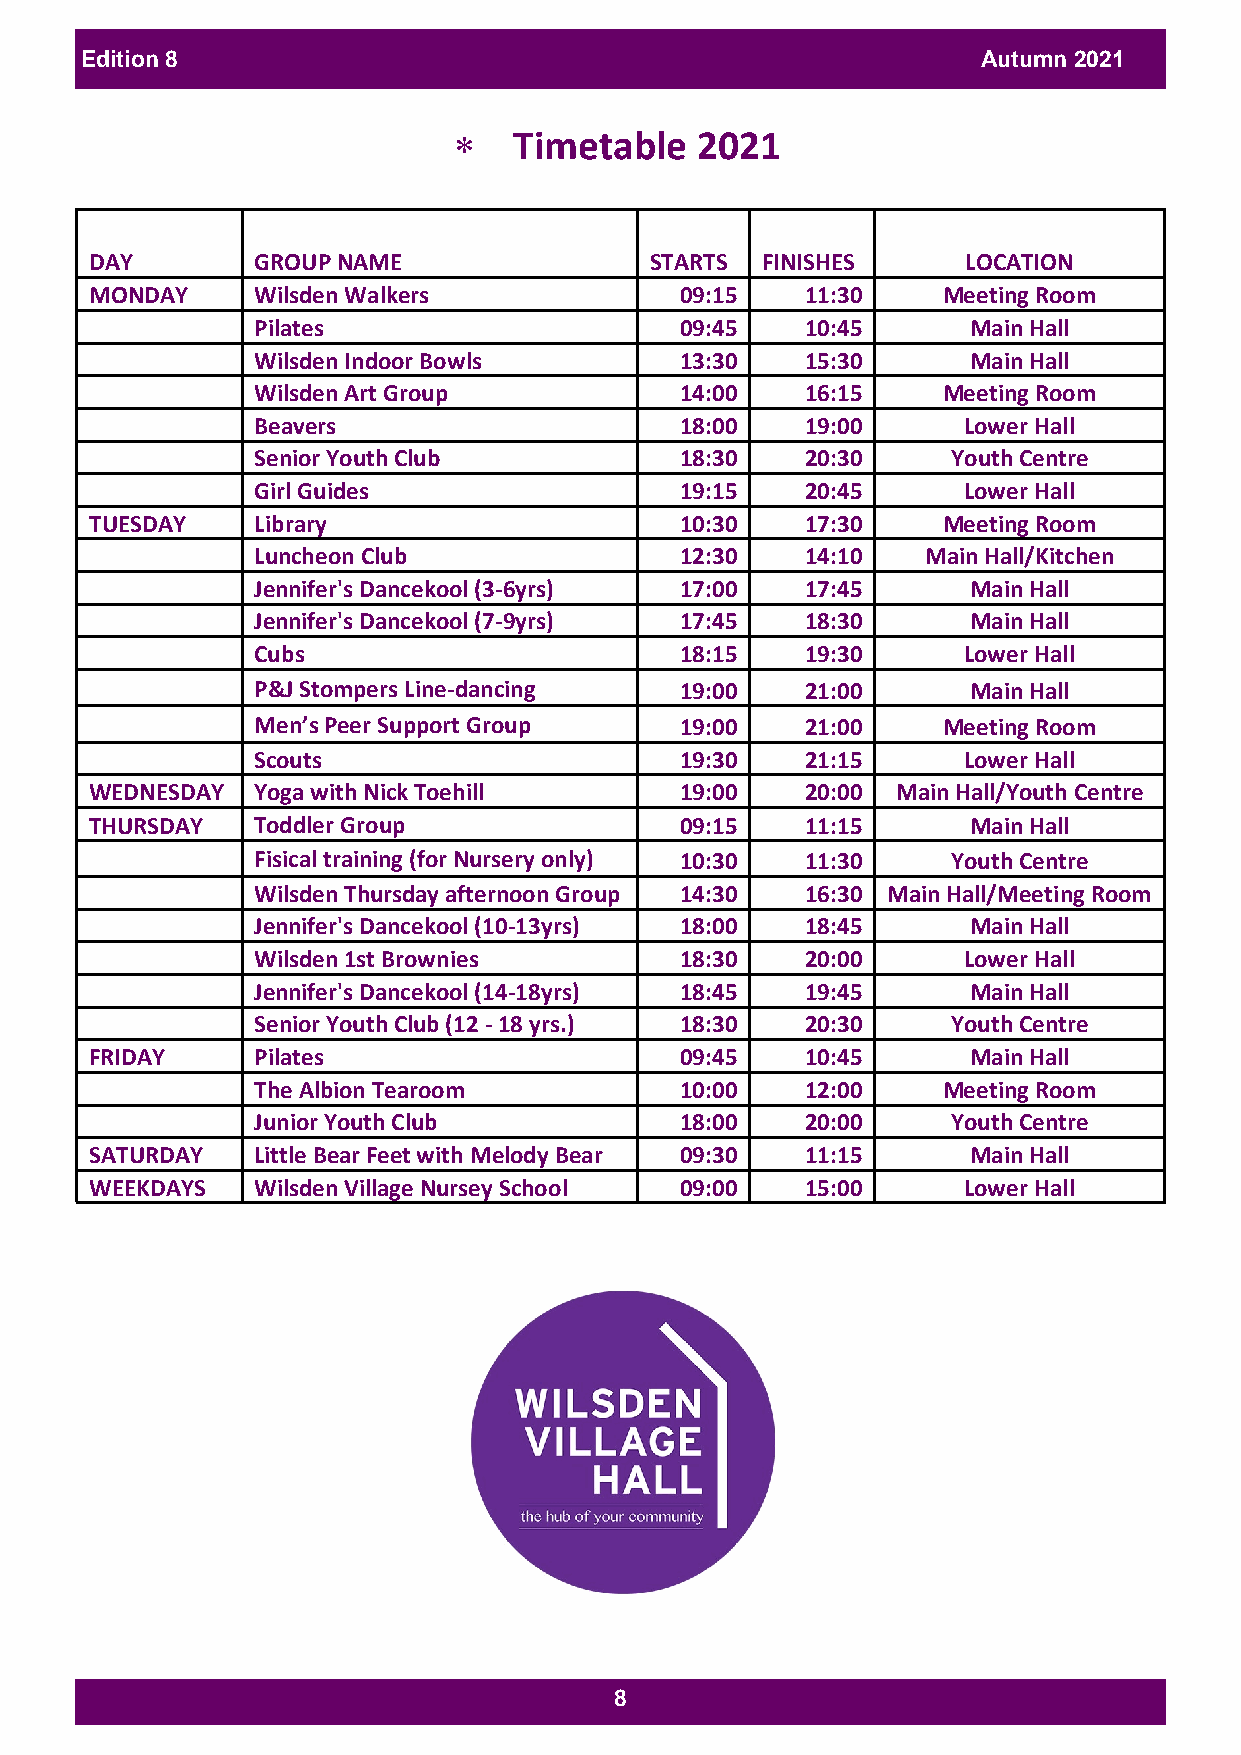
Edition 8                                                   Autumn 2021
    Timetable   2021
 DAY        GROUP NAME                STARTS FINISHES      LOCATION
 MONDAY     Wilsden Walkers             09:15   11:30    Meeting Room
 Pilates                     09:45   10:45      Main Hall
 Wilsden Indoor Bowls        13:30   15:30      Main Hall
 Wilsden Art Group           14:00   16:15    Meeting Room
 Beavers                     18:00   19:00      Lower Hall
 Senior Youth Club           18:30   20:30     Youth Centre
 Girl Guides                 19:15   20:45      Lower Hall
 TUESDAY    Library                     10:30   17:30    Meeting Room
 Luncheon Club               12:30   14:10   Main Hall/Kitchen
 Jennifer's Dancekool (3-6yrs) 17:00 17:45      Main Hall
 Jennifer's Dancekool (7-9yrs) 17:45 18:30      Main Hall
 Cubs                        18:15   19:30      Lower Hall
 P&J Stompers Line-dancing   19:00   21:00      Main Hall
 Men’s Peer Support Group    19:00   21:00    Meeting Room
 Scouts                      19:30   21:15      Lower Hall
 WEDNESDAY  Yoga with Nick Toehill      19:00   20:00 Main Hall/Youth Centre
 THURSDAY   Toddler Group               09:15   11:15      Main Hall
 Fisical training (for Nursery only) 10:30 11:30 Youth Centre
 Wilsden Thursday afternoon Group 14:30 16:30 Main Hall/Meeting Room
 Jennifer's Dancekool (10-13yrs) 18:00 18:45    Main Hall
 Wilsden 1st Brownies        18:30   20:00      Lower Hall
 Jennifer's Dancekool (14-18yrs) 18:45 19:45    Main Hall
 Senior Youth Club (12 - 18 yrs.) 18:30 20:30  Youth Centre
 FRIDAY     Pilates                     09:45   10:45      Main Hall
 The Albion Tearoom          10:00   12:00    Meeting Room
 Junior Youth Club           18:00   20:00     Youth Centre
 SATURDAY   Little Bear Feet with Melody Bear 09:30 11:15  Main Hall
 WEEKDAYS   Wilsden Village Nursey School 09:00 15:00      Lower Hall
 8